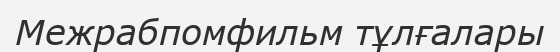
Межрабпомфильм тұлғалары